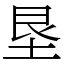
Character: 垦